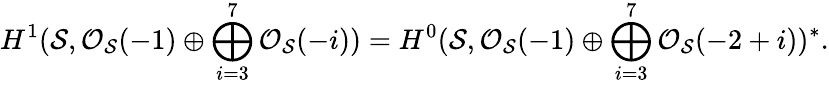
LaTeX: H^{1}({\cal S},{\cal O}_{{\cal S}}(-1)\oplus\bigoplus_{i=3}^{7}{\cal O}_{{\cal S}}(-i))=H^{0}({\cal S},{\cal O}_{{\cal S}}(-1)\oplus\bigoplus_{i=3}^{7}{\cal O}_{{\cal S}}(-2+i))^{*}.